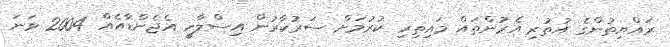
ރައްޔިތުންގެ އުތުރި އެރުންތައް މައިތިރި ކުރުމަށް ސަރުކާރުން އިސްލާހީ އެޖެންޑާއެއް 2004 ވަނަ